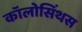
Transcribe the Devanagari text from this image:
कॉलोसिंथस